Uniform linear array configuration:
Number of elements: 16
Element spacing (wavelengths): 0.5
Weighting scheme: cosine
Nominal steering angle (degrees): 30
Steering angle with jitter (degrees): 29.498
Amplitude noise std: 0.05
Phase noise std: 0.05

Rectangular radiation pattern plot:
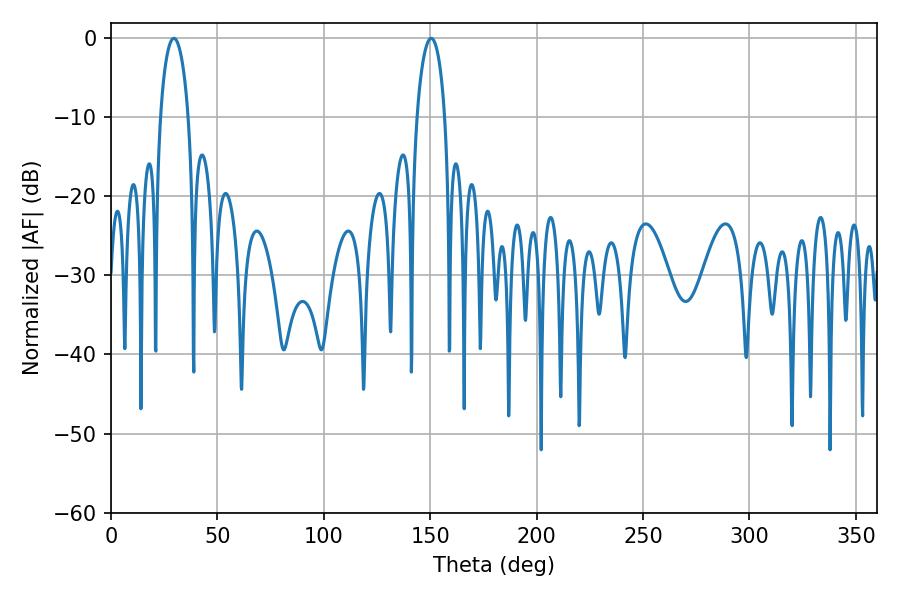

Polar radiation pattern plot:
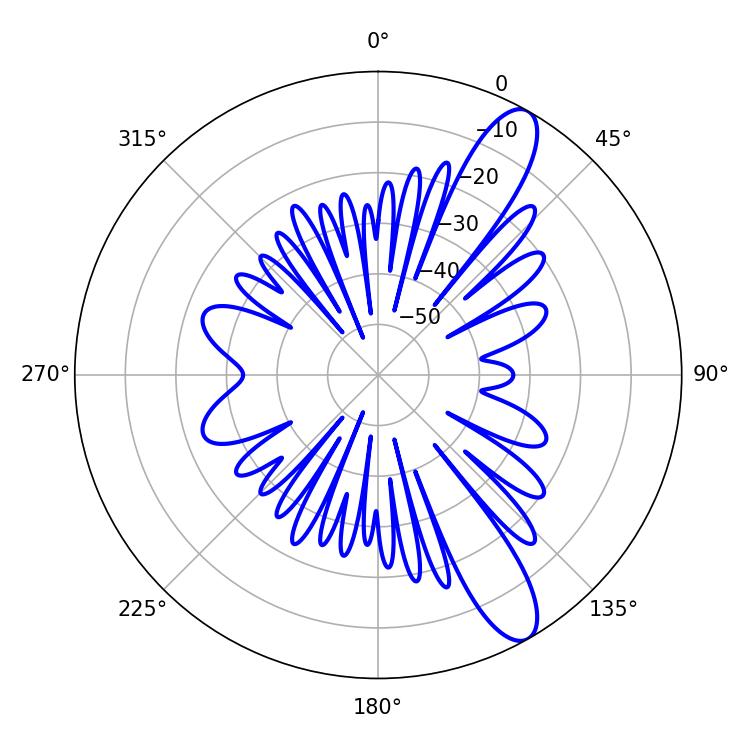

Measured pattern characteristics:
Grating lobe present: FALSE
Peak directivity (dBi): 11.539
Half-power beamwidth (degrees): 7.38
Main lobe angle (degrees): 150.48